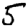
Digit: 5